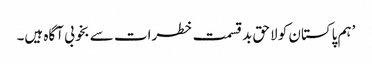
’ہم پاکستان کو لاحق بدقسمت خطرات سے بخوبی آگاہ ہیں۔